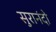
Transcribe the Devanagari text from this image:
सुरानंदो